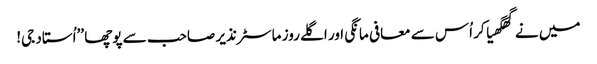
میں نے گھگھیا کر اُس سے معافی مانگی اور اگلے روز ماسٹر نذیر صاحب سے پوچھا ’’اُستاد جی!